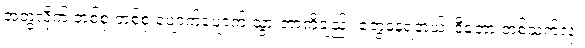
အတွဲလိုက် တစ်စုံ တစ်စုံ ပျောက်ပျောက် သွားတာကိုချည်း တွေ့နေရတယ်၊ ဒီတော့ တစ်သက်လုံး